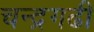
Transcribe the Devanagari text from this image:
चन्द्रगढी